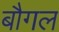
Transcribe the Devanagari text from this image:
बौगल